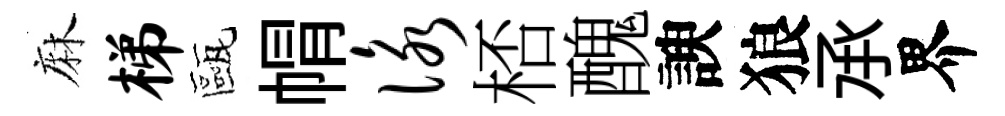
麻梯甌㡌咏桮醜諛狼𠄘界